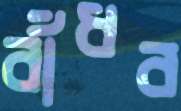
বাঁধব